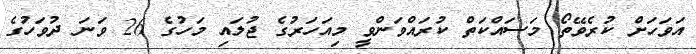
އަވަހަށް ކުރެވޭތޯ މަސައްކަތް ކުރައްވަންވީ މިއަހަރުގެ ޖުލައި މަހުގެ 26 ވަނަ ދުވަހުގެ